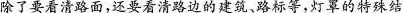
除了要看清路面，还要看清路边的建筑、路标等，灯罩的特殊结